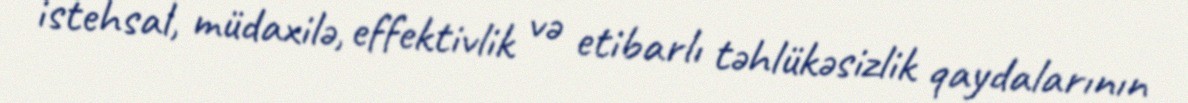
istehsal, müdaxilə, effektivlik və etibarlı təhlükəsizlik qaydalarının